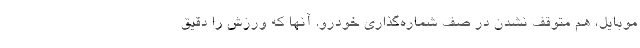
موبایل، هم متوقف نشدن در صف شماره‌گذاری خودرو. آنها که ورزش را دقیق